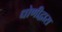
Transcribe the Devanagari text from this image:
धोणीद्वारा